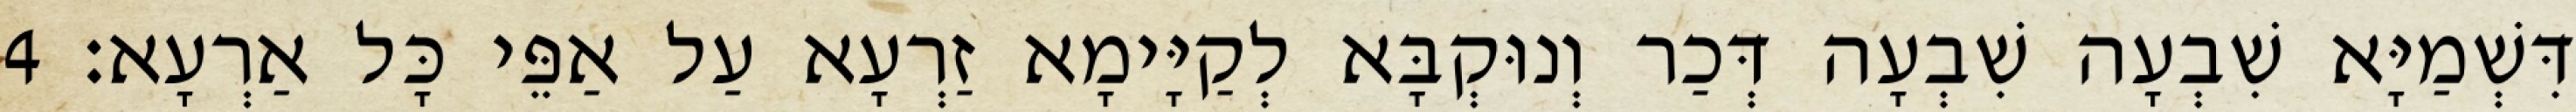
דִּשְׁמַיָּא שִׁבְעָה שִׁבְעָה דְּכַר וְנוּקְבָּא לְקַיָּימָא זַרְעָא עַל אַפֵּי כָּל אַרְעָא׃ 4